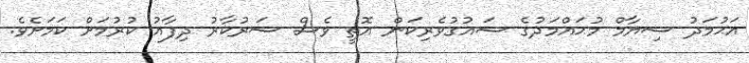
އަޙުމަދު ސިޔާމް މުޙައްމަދުގެ ޝައުގުވެރިކަން އޮތީ ވެސް ސަރުކާރު ދިފާއު ކުރުމަށް ކަމަށެވެ.